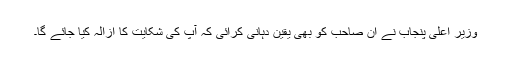
وزیر اعلی پنجاب نے ان صاحب کو بھی یقین دہانی کرائی کہ آپ کی شکایت کا ازالہ کیا جائے گا۔